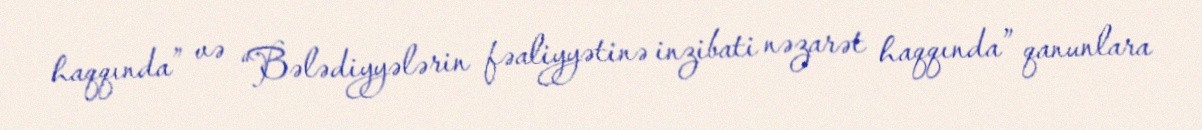
haqqında” və “Bələdiyyələrin fəaliyyətinə inzibati nəzarət haqqında” qanunlara